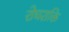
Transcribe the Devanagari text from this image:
रोधशक्ति